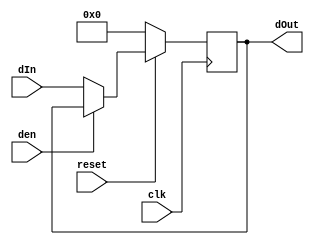
module Reg #(parameter width = 32)//Pipelined registers
   (input clk,reset,den,
    input [width-1 : 0]     dIn,
    output reg [width-1 :0] dOut);
   always @(posedge clk )
     begin
        if(reset==1'b0)
          dOut <= 0;
        else
          if(!den)
            dOut <= dIn;
     end
endmodule // Reg